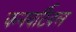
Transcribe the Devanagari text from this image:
कनवर्टिबल